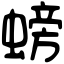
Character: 螃